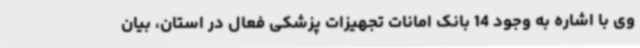
وی با اشاره به وجود 14 بانک امانات تجهیزات پزشکی فعال در استان، بیان